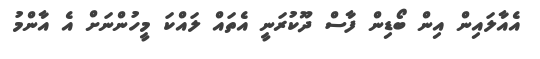
އެއާލައިން އިން ބޯޑިން ފާސް ދޫކުރަނީ އެތައް ލައްކަ މީހުންނަށް އެ އާންމު